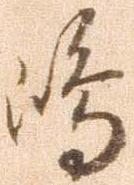
島